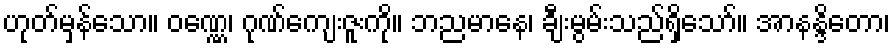
ဟုတ်မှန်သော။ ဝဏ္ဏေ၊ ဂုဏ်ကျေးဇူးကို။ ဘညမာနေ၊ ချီးမွမ်းသည်ရှိသော်။ အာနန္ဒိတော၊